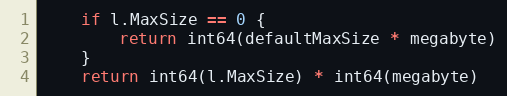
Language: Go
	if l.MaxSize == 0 {
		return int64(defaultMaxSize * megabyte)
	}
	return int64(l.MaxSize) * int64(megabyte)